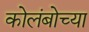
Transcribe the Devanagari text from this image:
कोलंबोच्या